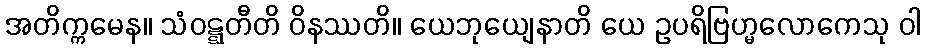
အတိက္ကမေန။ သံဝဋ္ဋတီတိ ဝိနဿတိ။ ယေဘုယျေနာတိ ယေ ဥပရိဗြဟ္မလောကေသု ဝါ